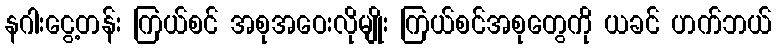
နဂါးငွေ့တန်း ကြယ်စင် အစုအဝေးလိုမျိုး ကြယ်စင်အစုတွေကို ယခင် ဟက်ဘယ်